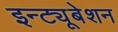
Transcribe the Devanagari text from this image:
इन्ट्यूबेशन